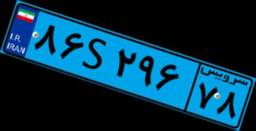
۴۱S۰۳۰۸۱